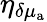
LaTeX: \eta_{\delta\mu_{\mathrm{a}}}